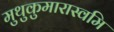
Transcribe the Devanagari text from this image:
मुथुकुमारास्वमि